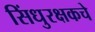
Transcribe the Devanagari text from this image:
सिंधुरक्षकचे